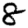
Digit: 8